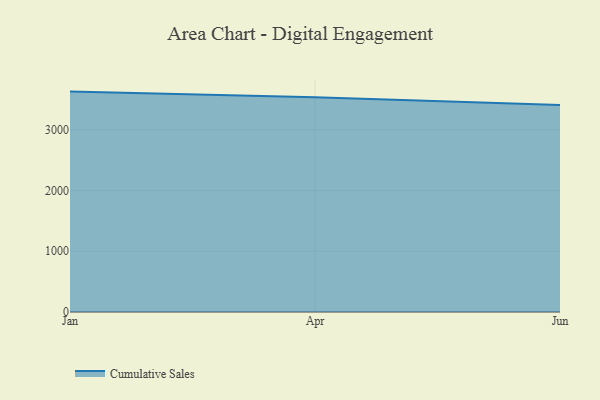
{"axis": {"x": "Month", "y": "Customer Acquisition Cost (USD)"}, "legend": ["Cumulative Sales"], "data": [{"x": "Jan", "y": 3629.0, "type": "Cumulative Sales"}, {"x": "Apr", "y": 3534.0, "type": "Cumulative Sales"}, {"x": "Jun", "y": 3407.6, "type": "Cumulative Sales"}]}